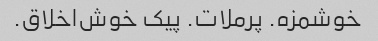
خوشمزه. پرملات. پیک خوش‌اخلاق.